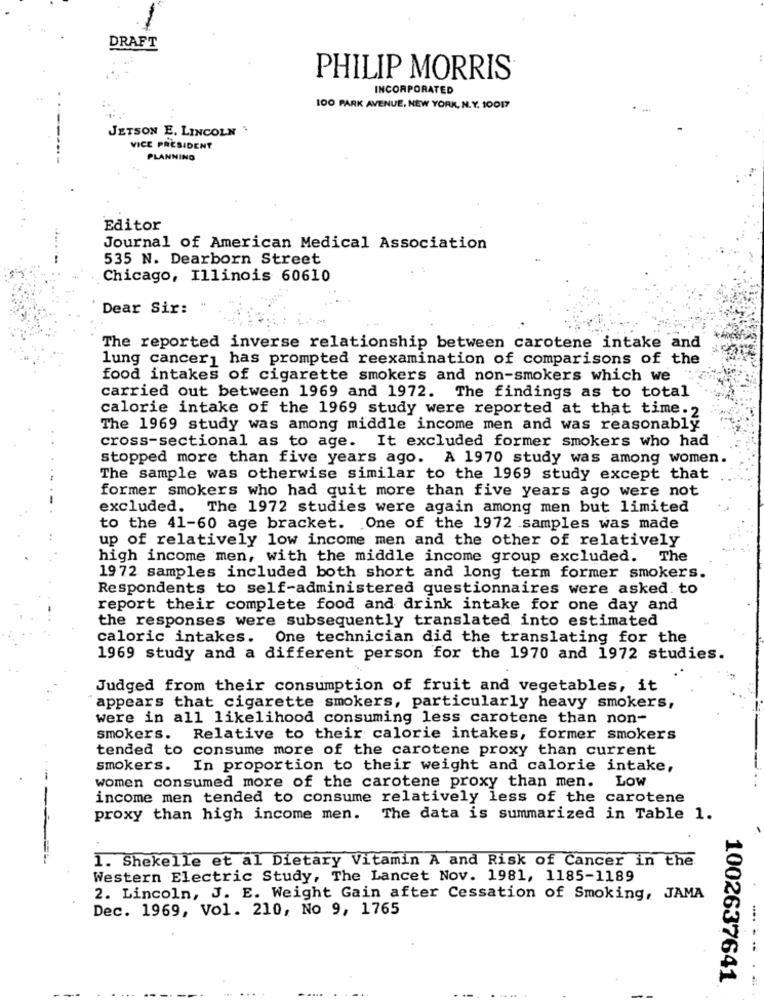
DRAFT
PHILIP MORRIS
INCORPORATED
100 PARK AVENUE, NEW YORK, N.Y. 10017
JETSON E. LINCOLN .
VICE PRESIDENT
PLANNING
Editor
Journal of American Medical Association
535 N. Dearborn Street
Chicago, Illinois 60610
Dear Sir:
The reported inverse relationship between carotene intake and
lung cancer1 has prompted reexamination of comparisons of the
food intakes of cigarette smokers and non-smokers which we
carried out between 1969 and 1972. The findings as to total
calorie intake of the 1969 study were reported at that time. 2
The 1969 study was among middle income men and was reasonably
cross-sectional as to age. It excluded former smokers who had
stopped more than five years ago. A 1970 study was among women.
The sample was otherwise similar to the 1969 study except that
former smokers who had quit more than five years ago were not
excluded.
The 1972 studies were again among men but limited
to the 41-60 age bracket. One of the 1972 samples was made
up of relatively low income men and the other of relatively
high income men, with the middle income group excluded. The
1972 samples included both short and long term former smokers.
Respondents to self-administered questionnaires were asked. to
report their complete food and drink intake for one day and
the responses were subsequently translated into estimated
caloric intakes. One technician did the translating for the
1969 study and a different person for the 1970 and 1972 studies.
Judged from their consumption of fruit and vegetables, it
appears that cigarette smokers, particularly heavy smokers,
were in all likelihood consuming less carotene than non-
smokers. Relative to their calorie intakes, former smokers
tended to consume more of the carotene proxy than current
smokers. In proportion to their weight and calorie intake,
Low
women consumed more of the carotene proxy than men.
income men tended to consume relatively less of the carotene
proxy than high income men. The data is summarized in Table 1.
1. Shekelle et al Dietary Vitamin A and Risk of Cancer in the
Western Electric Study, The Lancet Nov. 1981, 1185-1189
2. Lincoln, J. E. Weight Gain after Cessation of Smoking, JAMA
Dec. 1969, Vol. 210, No 9, 1765
1002637641